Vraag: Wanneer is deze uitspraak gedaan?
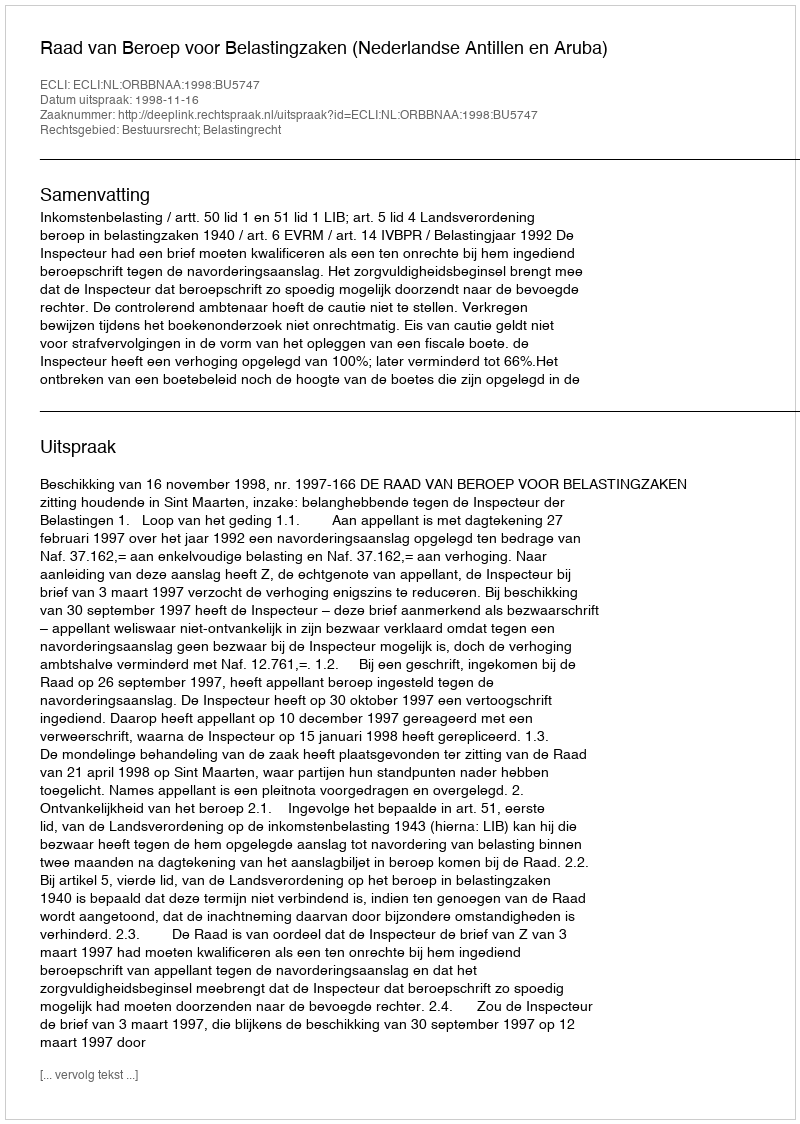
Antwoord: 1998-11-16